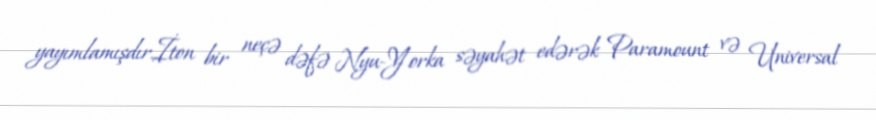
yayımlamışdır.İton bir neçə dəfə Nyu-Yorka səyahət edərək Paramount və Universal